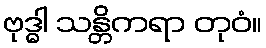
ဗုဒ္ဓါ သန္တိကရာ တုဝံ။